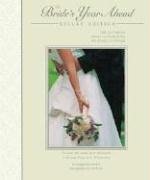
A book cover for Deluxe Bride's Year Ahead: The Ultimate Month-by-month Wedding Planner; Marguerite Smolen; Crafts, Hobbies & Home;